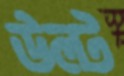
উল্ট